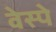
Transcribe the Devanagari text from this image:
वेस्पे